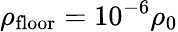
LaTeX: \rho_{\mathrm{floor}}=10^{-6}\rho_{0}